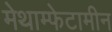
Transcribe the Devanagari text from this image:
मेथाम्फेटामीन